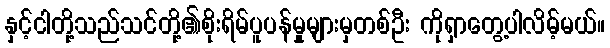
နှင့်ငါတို့သည်သင်တို့၏စိုးရိမ်ပူပန်မှုများမှတစ်ဦး ကိုရှာတွေ့ပါလိမ့်မယ်။